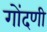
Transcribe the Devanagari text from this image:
गोंदणी